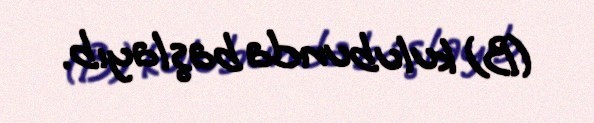
(B) kulubunda başlayıb.